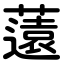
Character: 薳